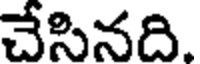
చేసినది.